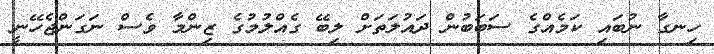
ހިނގާ ނުބައި ކަމެއްގެ ސަބަބުން ދައުލަތަށް ލިބޭ ގެއްލުމުގެ ޒިންމާ ވެސް ނަގަންޖެހޭނީ